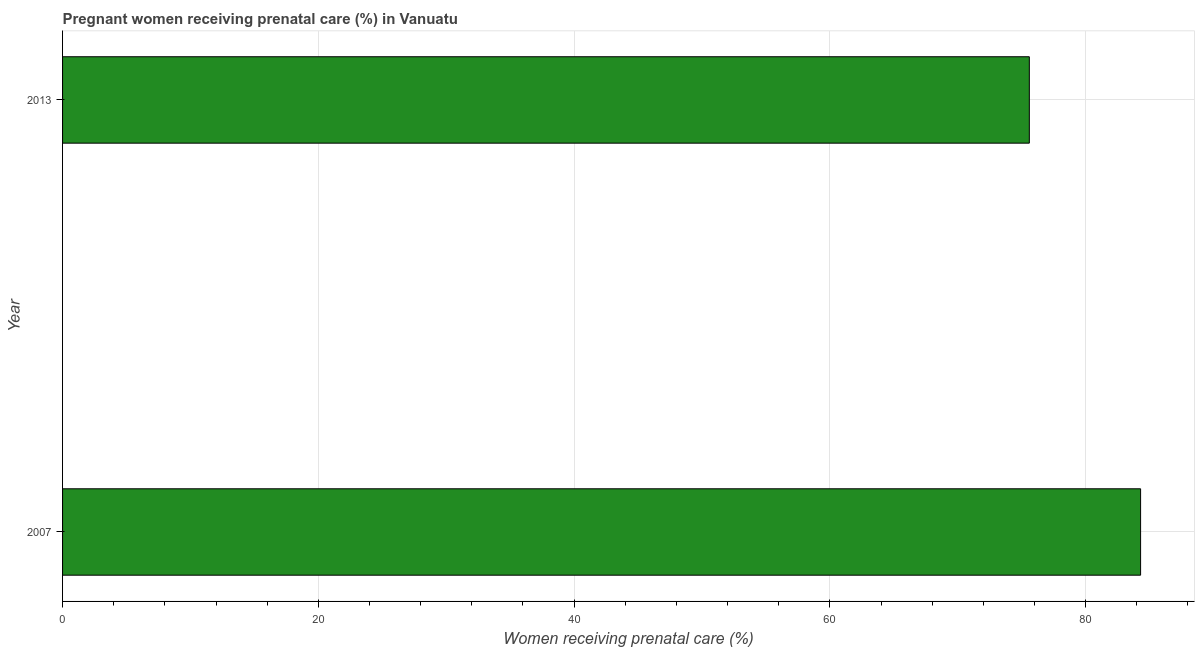
| Year | Pregnant women receiving prenatal care |
 | --- | --- |
 | 2007 | 84.3 |
 | 2013 | 75.6 |